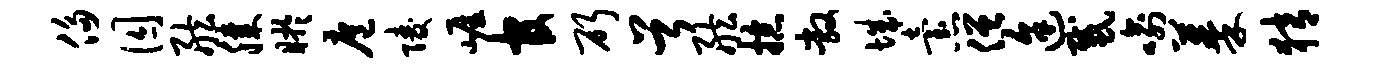
侈囚舷膝盱扈陵崖官斫首舷掠敞城怠僧途感喻蓁猜